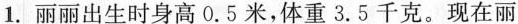
1.丽丽出生时身高0.5米，体重3.5千克。现在丽